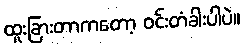
ထူးခြားတာကတော့ ဝင်းတံခါးပါပဲ။